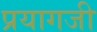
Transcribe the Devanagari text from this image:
प्रयागजी